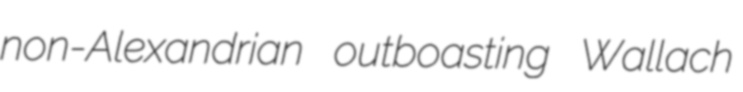
non-Alexandrian outboasting Wallach